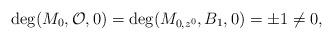
LaTeX: \begin{align*}\deg(M_0,\mathcal{O},0)=\deg(M_{0, z^0},B_1,0)=\pm 1\neq 0,\end{align*}